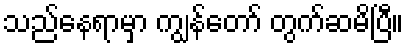
သည်နေရာမှာ ကျွန်တော် တွက်ဆမိပြီ။